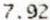
7.92